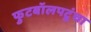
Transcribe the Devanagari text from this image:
फुटबॉलपटूंचा